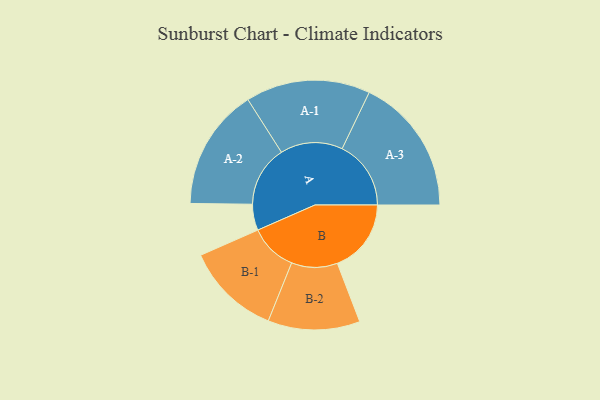
{"axis": {"x": "Segment", "y": "Value"}, "legend": ["", "A", "B"], "data": [{"x": "A", "y": 104, "type": ""}, {"x": "B", "y": 294, "type": ""}, {"x": "A-1", "y": 248, "type": "A"}, {"x": "A-2", "y": 242, "type": "A"}, {"x": "A-3", "y": 274, "type": "A"}, {"x": "B-1", "y": 189, "type": "B"}, {"x": "B-2", "y": 183, "type": "B"}]}